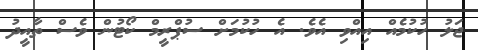
ޖަލު ހުކުމެއް އިއްވި އެވެ. އެ ހުކުމަށް ސުޕްރީމް ކޯޓުން ވެސް ތާއީދު